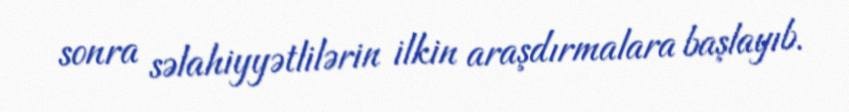
sonra səlahiyyətlilərin ilkin araşdırmalara başlayıb.